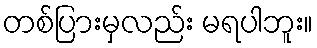
တစ်ပြားမှလည်း မရပါဘူး။